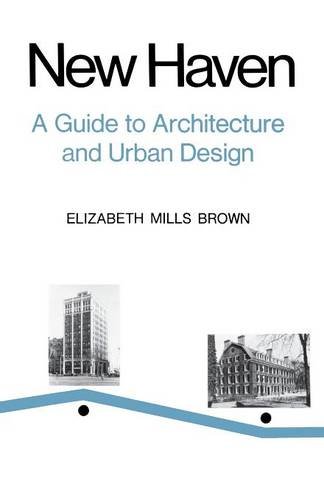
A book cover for New Haven: A Guide to Architecture and Urban Design: 15 Illustrated Tours; Elizabeth Mills Brown; Travel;